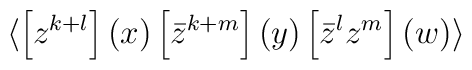
\langle \left[ z^{k+l} \right](x) \left[ \bar z^{k+m} \right](y) \left[ \bar z^l z^m \right](w) \rangle